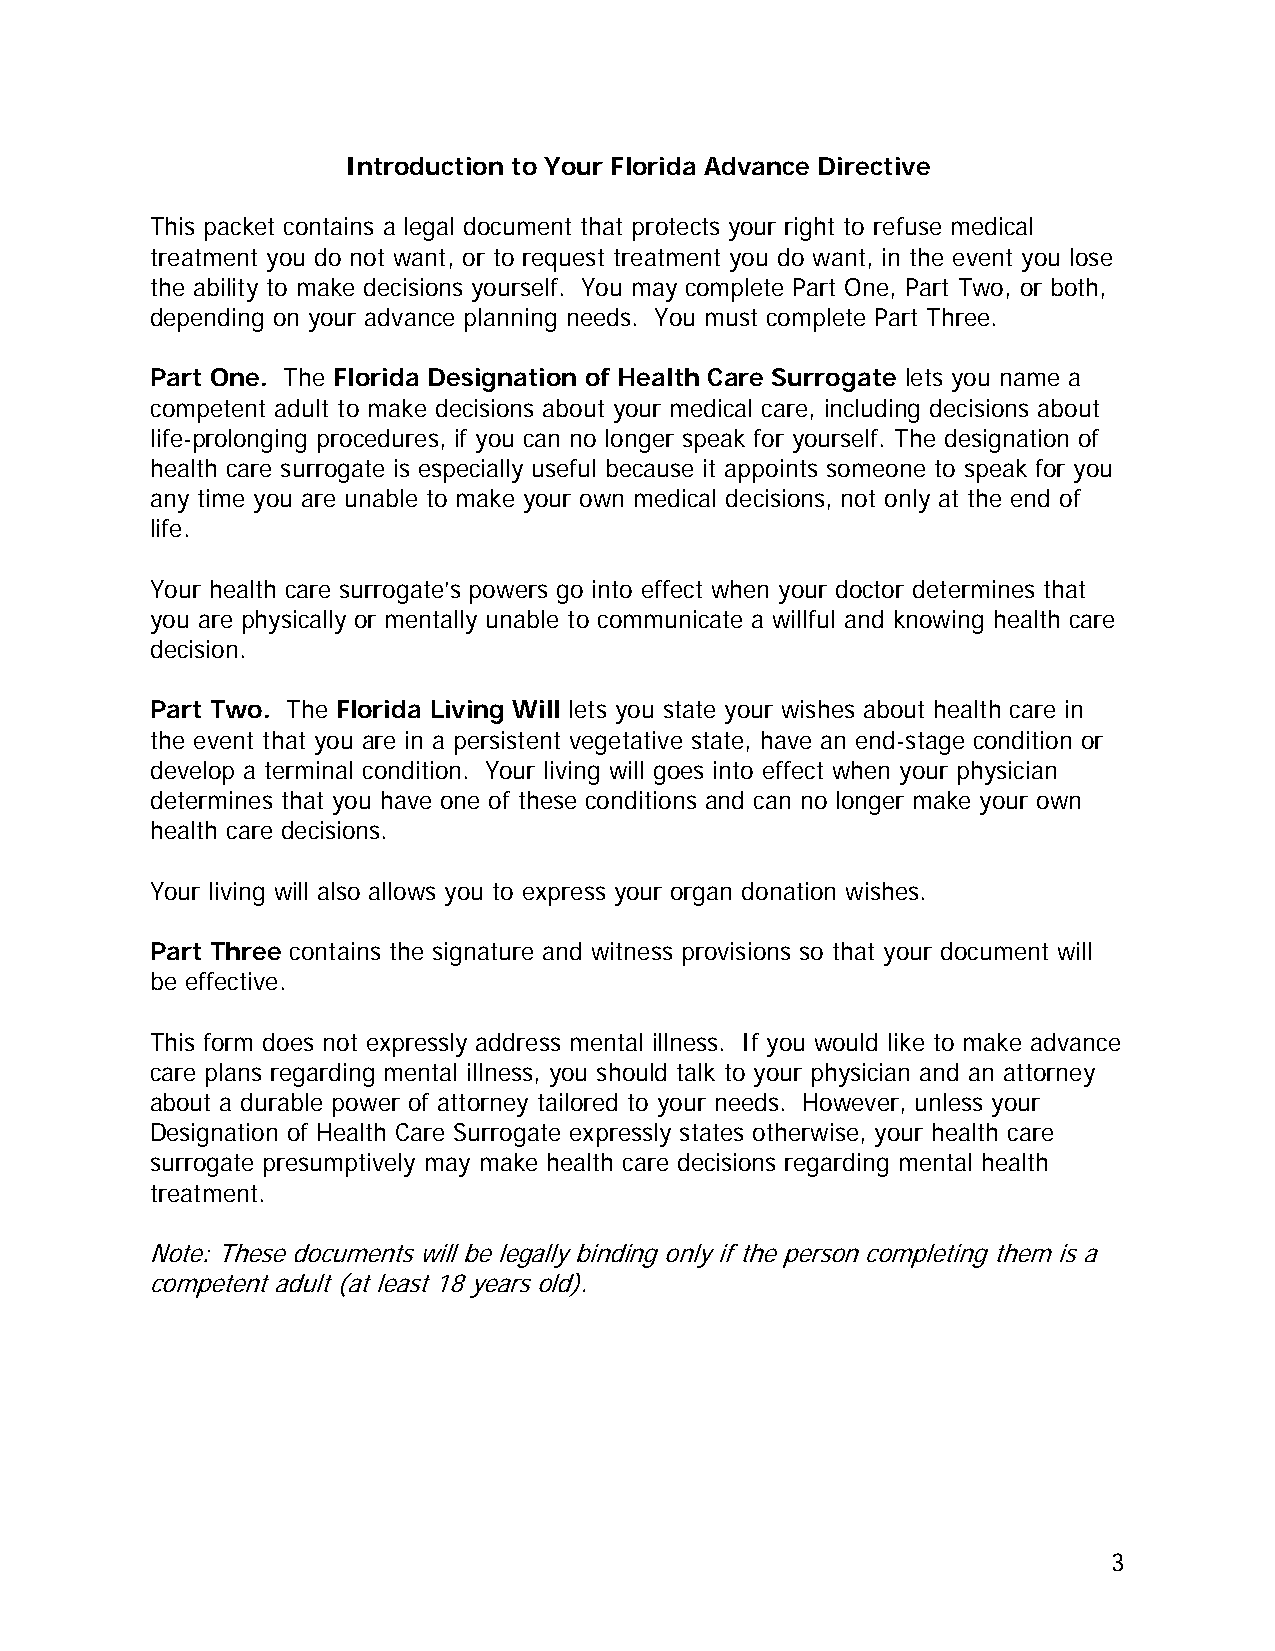
Introduction to Your Florida Advance Directive
 This packet contains a legal document that protects your right to refuse medical
 treatment you do not want, or to request treatment you do want, in the event you lose
 the ability to make decisions yourself. You may complete Part One, Part Two, or both,
 depending on your advance planning needs. You must complete Part Three.
 Part One. The Florida Designation of Health Care Surrogate lets you name a
 competent adult to make decisions about your medical care, including decisions about
 life-prolonging procedures, if you can no longer speak for yourself. The designation of
 health care surrogate is especially useful because it appoints someone to speak for you
 any time you are unable to make your own medical decisions, not only at the end of
 life.
 Your health care surrogate’s powers go into effect when your doctor determines that
 you are physically or mentally unable to communicate a willful and knowing health care
 decision.
 Part Two. The Florida Living Will lets you state your wishes about health care in
 the event that you are in a persistent vegetative state, have an end-stage condition or
 develop a terminal condition. Your living will goes into effect when your physician
 determines that you have one of these conditions and can no longer make your own
 health care decisions.
 Your living will also allows you to express your organ donation wishes.
 Part Three contains the signature and witness provisions so that your document will
 be effective.
 This form does not expressly address mental illness. If you would like to make advance
 care plans regarding mental illness, you should talk to your physician and an attorney
 about a durable power of attorney tailored to your needs. However, unless your
 Designation of Health Care Surrogate expressly states otherwise, your health care
 surrogate presumptively may make health care decisions regarding mental health
 treatment.
 Note: These documents will be legally binding only if the person completing them is a
 competent adult (at least 18 years old).
 3